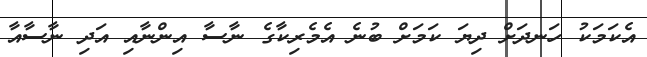
އެކަމަކު ހަނދަށް ދިޔަ ކަމަށް ބުނެ އެމެރިކާގެ ނާސާ އިންނާއި އަދި ނާސާއާ